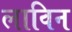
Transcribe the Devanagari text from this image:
लाविन